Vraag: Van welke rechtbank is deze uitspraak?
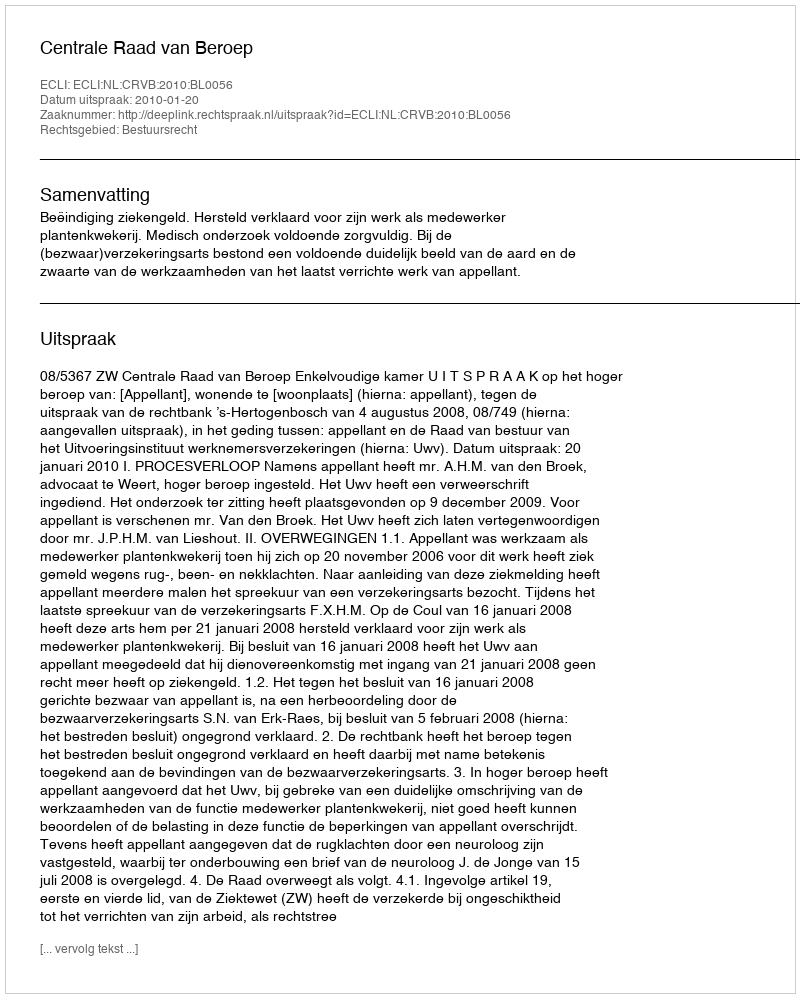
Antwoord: Centrale Raad van Beroep